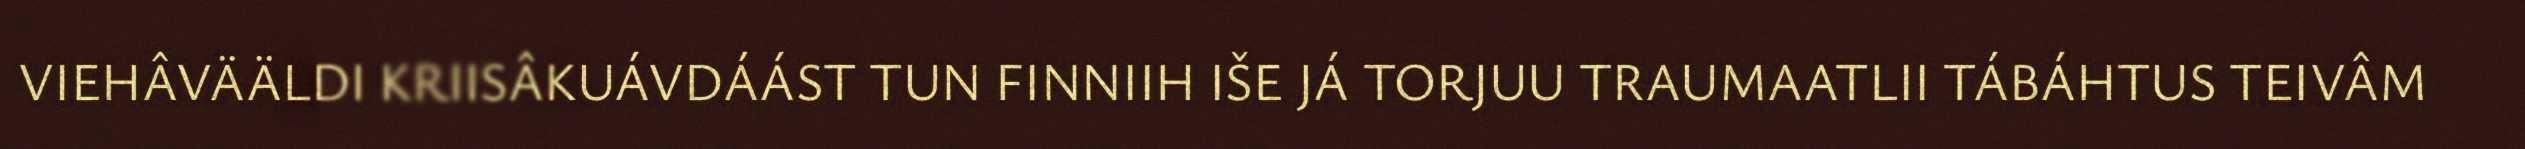
VIEHÂVÄÄLDI KRIISÂKUÁVDÁÁST TUN FINNIIH IŠE JÁ TORJUU TRAUMAATLII TÁBÁHTUS TEIVÂM